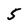
Character: 5